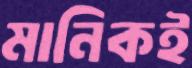
মানিকই